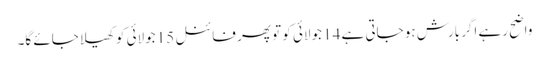
واضح رہے اگر بارش ہو جاتی ہے 14 جولائی کو تو پھر فائنل 15 جولائی کو کھیلا جائے گا۔